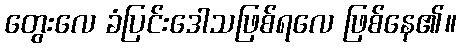
တွေးလေ ခံပြင်းဒေါသဖြစ်ရလေ ဖြစ်နေ၏။